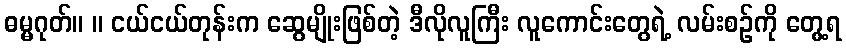
ဓမ္မဂုတ်။ ။ ငယ်ငယ်တုန်းက ဆွေမျိုးဖြစ်တဲ့ ဒီလိုလူကြီး လူကောင်းတွေရဲ့ လမ်းစဉ်ကို တွေ့ရ